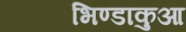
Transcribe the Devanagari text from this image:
भिण्डाकुआ